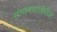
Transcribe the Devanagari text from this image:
संभाषणाखेरीज